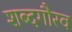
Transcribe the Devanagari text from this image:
शब्दगौरव